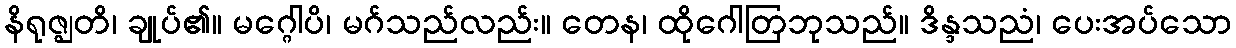
နိရုဇ္ဈတိ၊ ချုပ်၏။ မဂ္ဂေါပိ၊ မဂ်သည်လည်း။ တေန၊ ထိုဂေါတြဘုသည်။ ဒိန္ဒသညံ၊ ပေးအပ်သော